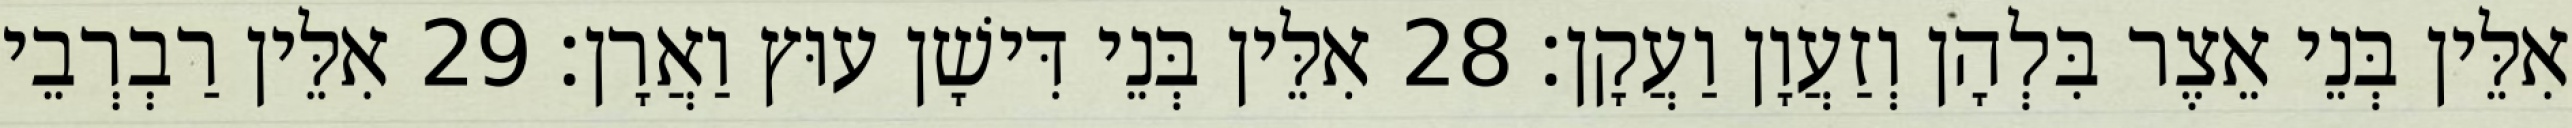
אִלֵּין בְּנֵי אֵצֶר בִּלְהָן וְזַעֲוָן וַעֲקָן׃ 28 אִלֵּין בְּנֵי דִּישָׁן עוּץ וַאֲרָן׃ 29 אִלֵּין רַבְרְבֵי